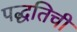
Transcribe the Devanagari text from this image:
पद्धतिची